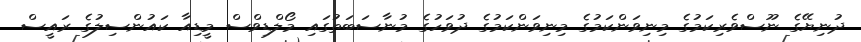
ދުނިޔޭގެ ނޫސްވެރިކަމުގެ މިނިވަންކަމުގެ މިނިވަންކަމުގެ ދުވަހުގެ މުނާސަބަތުގައި މޯލްޑިވްސް މީޑިއާ ކައުންސިލުގެ ރައީސް